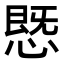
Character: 𢟪